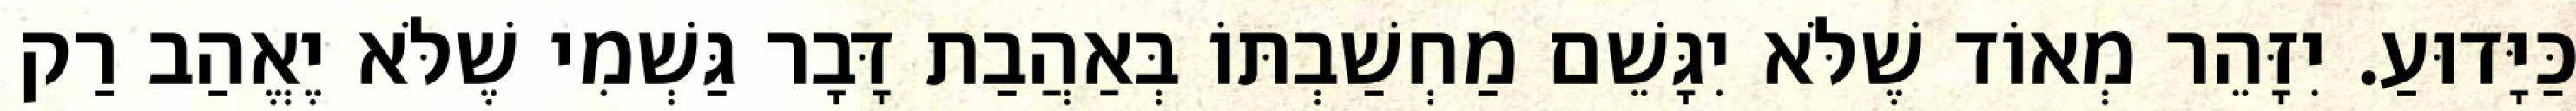
כַּיָּדוּעַ. יִזָּהֵר מְאוֹד שֶׁלֹּא יִגָּשֵׁם מַחְשַׁבְתּוֹ בְּאַהֲבַת דָּבָר גַּשְׁמִי שֶׁלֹּא יֶאֱהַב רַק